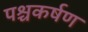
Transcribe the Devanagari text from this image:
पश्चकर्षण